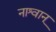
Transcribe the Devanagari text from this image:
नाश्वान्‌